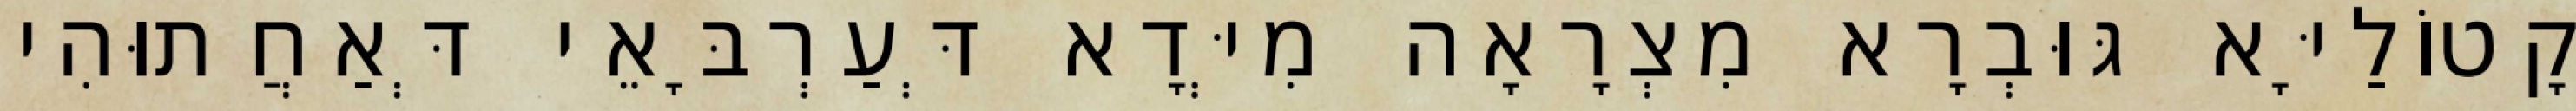
קָטוֹלַיָּא גּוּבְרָא מִצְרָאָה מִיְּדָא דְּעַרְבָּאֵי דְּאַחֲתוּהִי